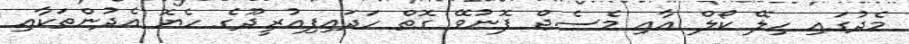
މެދުގައި ހިލޭ ކޯލް އާއި މެސެޖް ފޮނުވޭ ގޮތް ހަދައިފިއުރީދޫގެ ހެޔޮ އެދުންތަކާއި